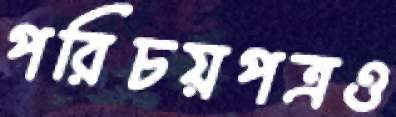
পরিচয়পত্রও